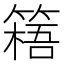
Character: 𥲐